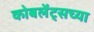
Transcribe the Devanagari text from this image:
कोबलेंट्सच्या